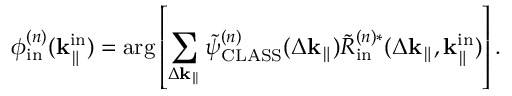
\phi _ { \mathrm { i n } } ^ { ( n ) } ( \mathbf { k } _ { \parallel } ^ { \mathrm { i n } } ) = \arg \left[ \sum _ { \Delta \mathbf { k } _ { \parallel } } \Tilde { \psi } _ { \mathrm { C L A S S } } ^ { ( n ) } ( \Delta \mathbf { k } _ { \parallel } ) \Tilde { R } _ { \mathrm { i n } } ^ { ( n ) \ast } ( \Delta \mathbf { k } _ { \parallel } , \mathbf { k } _ { \parallel } ^ { \mathrm { i n } } ) \right] .